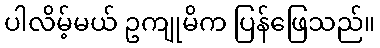
ပါလိမ့်မယ် ဥကျုမိက ပြန်ဖြေသည်။